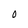
Character: O